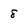
Character: 8